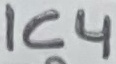
Text: IC4